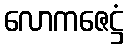
လောကဇေဋ္ဌံ